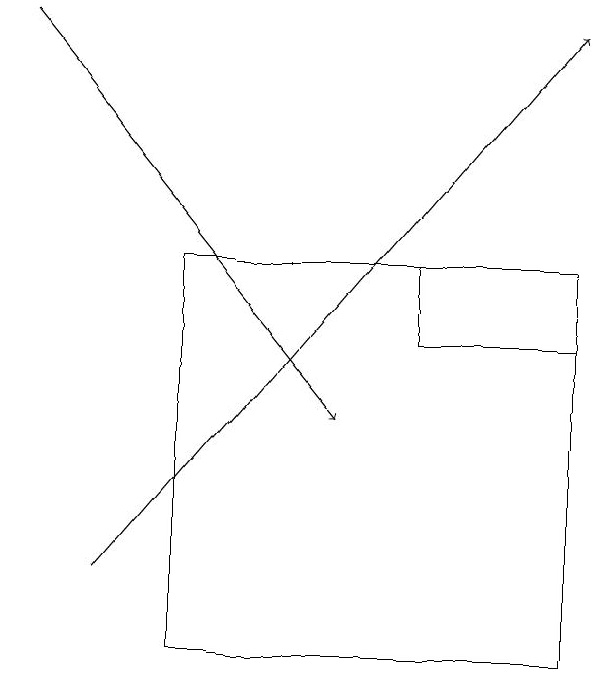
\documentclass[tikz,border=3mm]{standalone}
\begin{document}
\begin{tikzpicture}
\draw (7,16) rectangle (5,15);
\draw (2,11) rectangle (7,16);
\draw[->] (1,12) -- (7,19);
\draw[->] (0,19) -- (4,14);
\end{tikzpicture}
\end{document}